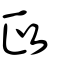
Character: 政